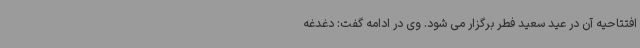
افتتاحیه آن در عید سعید فطر برگزار می شود. وی در ادامه گفت: دغدغه